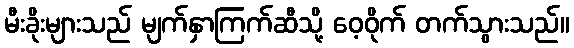
မီးခိုးများသည် မျက်နှာကြက်ဆီသို့ ဝေ့ဝိုက် တက်သွားသည်။